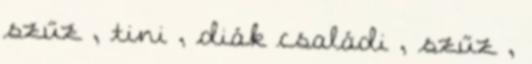
szűz , tini , diák családi , szűz ,